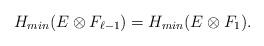
LaTeX: \begin{align*}H_{min}(E\otimes F_{\ell-1})=H_{min}(E\otimes F_1).\end{align*}